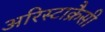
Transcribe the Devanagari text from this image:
अरिस्टाक्रैसी